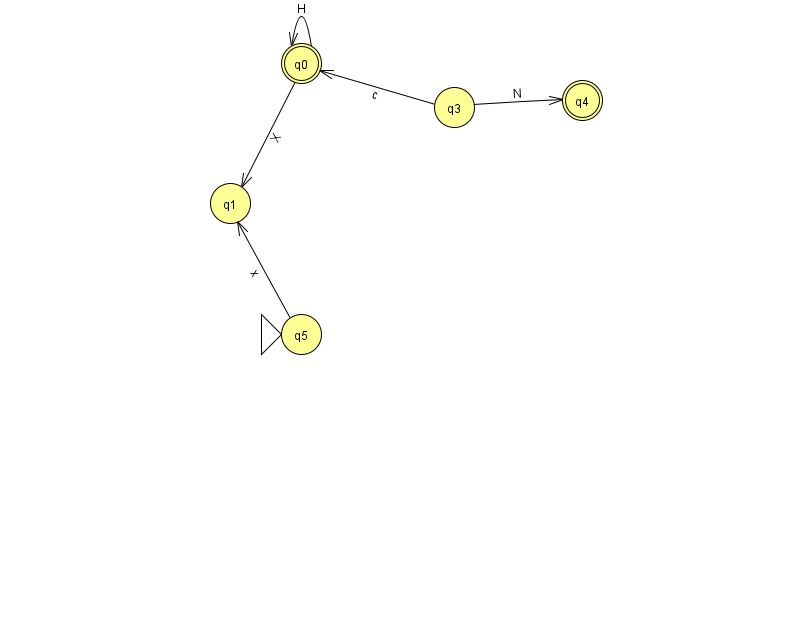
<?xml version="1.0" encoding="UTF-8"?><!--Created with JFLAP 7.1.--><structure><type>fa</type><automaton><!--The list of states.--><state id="0" name="q0"><x>301.0</x><y>50.0</y><final/></state><state id="1" name="q1"><x>230.0</x><y>190.0</y></state><state id="3" name="q3"><x>454.0</x><y>94.0</y></state><state id="4" name="q4"><x>582.0</x><y>87.0</y><final/></state><state id="5" name="q5"><x>301.0</x><y>321.0</y><initial/></state><!--The list of transitions.--><transition><from>3</from><to>0</to><read>c</read></transition><transition><from>3</from><to>4</to><read>N</read></transition><transition><from>0</from><to>1</to><read>X</read></transition><transition><from>0</from><to>0</to><read>H</read></transition><transition><from>5</from><to>1</to><read>x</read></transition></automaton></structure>